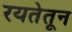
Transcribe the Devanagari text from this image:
रयतेतून